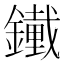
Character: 𨭱